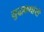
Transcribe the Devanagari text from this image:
युद्धकथांची